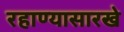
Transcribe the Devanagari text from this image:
रहाण्यासारखे